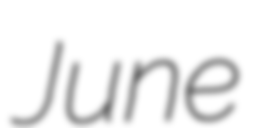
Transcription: June